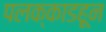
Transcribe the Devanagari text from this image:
पलक्काडहून